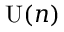
{ \mathrm { U } } ( n )